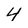
Character: 4